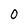
Character: O